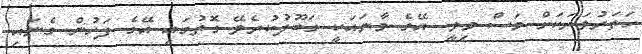
ހަތަރުވަރަކަށް މަސް މިވީ. އޭގެ މާނައަކީ ގަބޫލުކުރެވޭ ގޮތުގައި އޭގެ ފަހުން ގެނައި